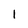
Character: 1